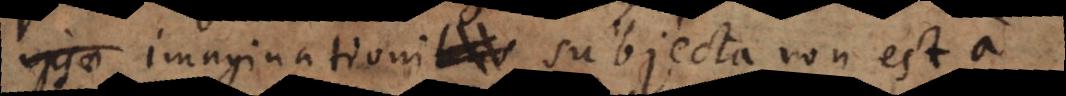
imaginationi subjecta non est, a